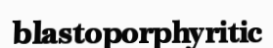
blastoporphyritic